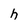
Character: h